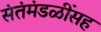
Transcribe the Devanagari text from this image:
संतंमंडळींसह